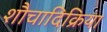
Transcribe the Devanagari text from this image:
शौचादिक्रिया